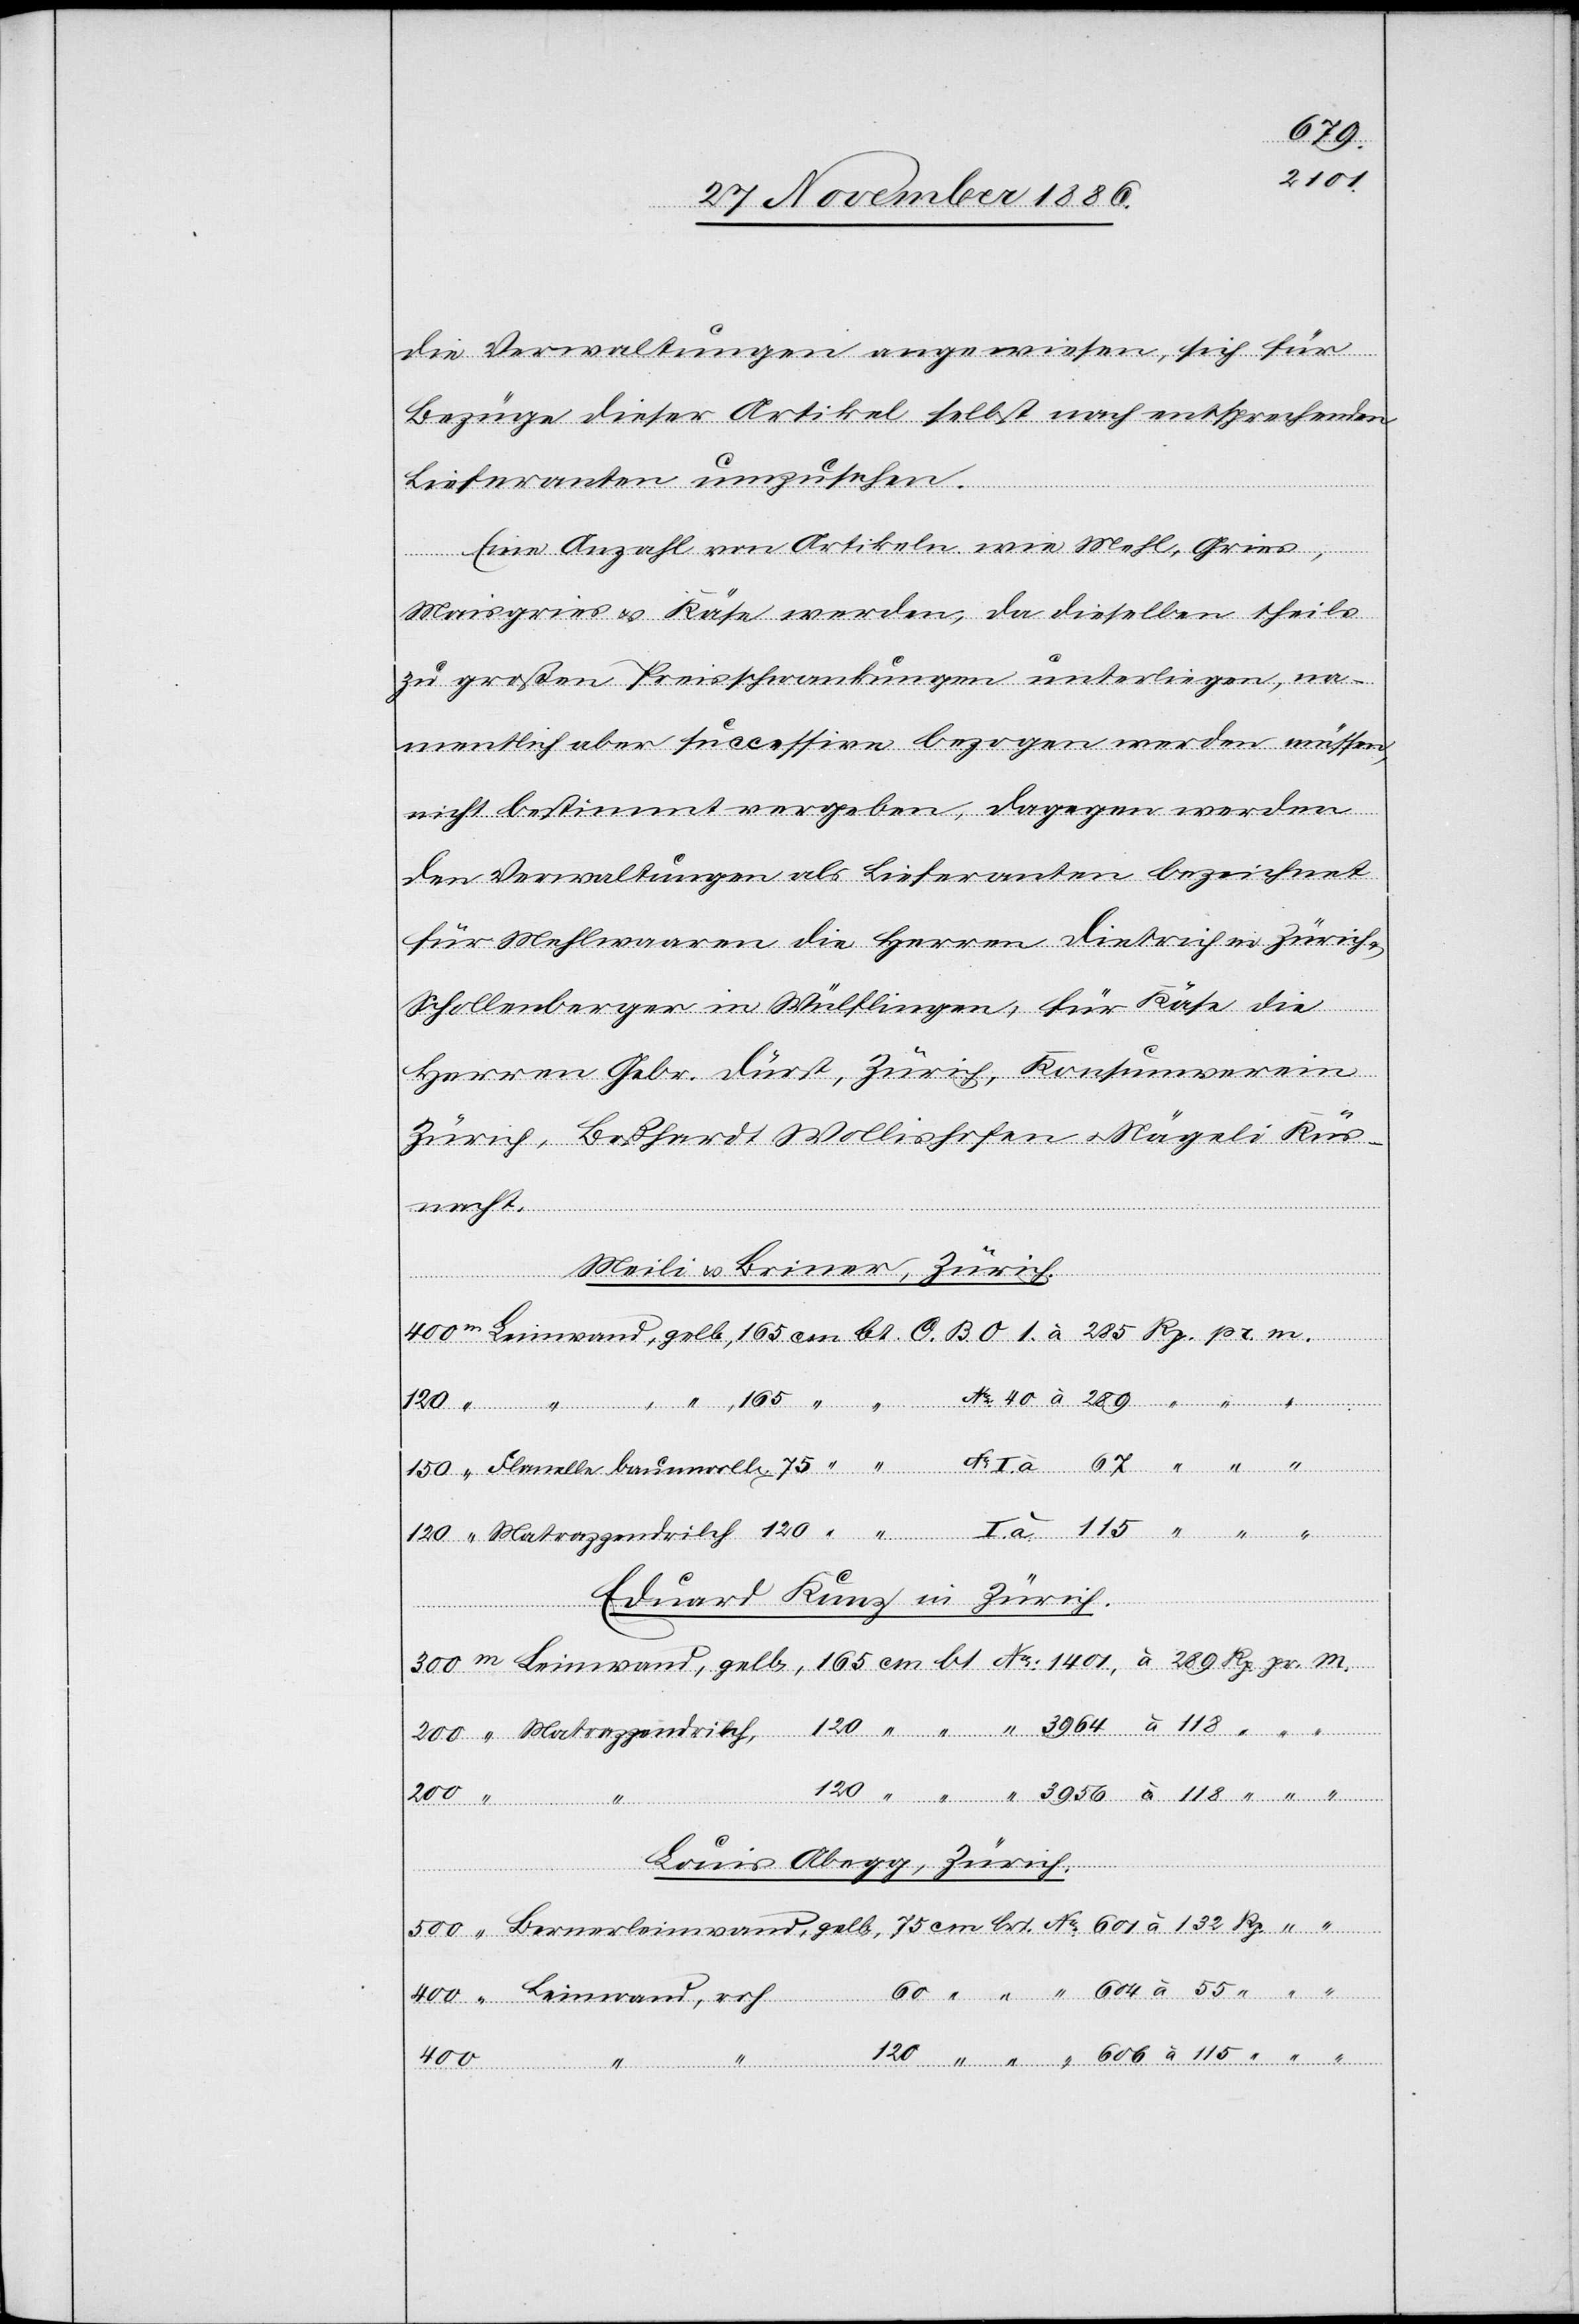
120
115
die Verwaltungen angewiesen, sich für
Bezüge dieser Artikel selbst nach entsprechenden
Lieferanten umzusehen.
Eine Anzahl von Artikeln wie Mehl, Gries,
Maisgries & Käse werden, da dieselben theils
zu großen Preisschwankungen unterliegen, na¬
mentlich aber successive bezogen werden müssen,
nicht bestimmt vergeben, dagegen werden
den Verwaltungen als Lieferanten bezeichnet
für Mehlwaaren die Herren Dietrich in Zürich
Schollenberger in Wülflingen, für Käse die
Herren Gebr. Dürst, Zürich, Konsumverein
Zürich, Boßhardt Wollishofen & Nägeli Küs¬
nacht.
Meili & Briner, Zürich.
Leinwand, roh
Eduard Kunz in Zürich.
400
brt.
Rp.
Louis Abegg, Zürich.